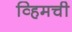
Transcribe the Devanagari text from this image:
व्हिमची